Annual report on the working of the lock hospitals in the Central Provinces
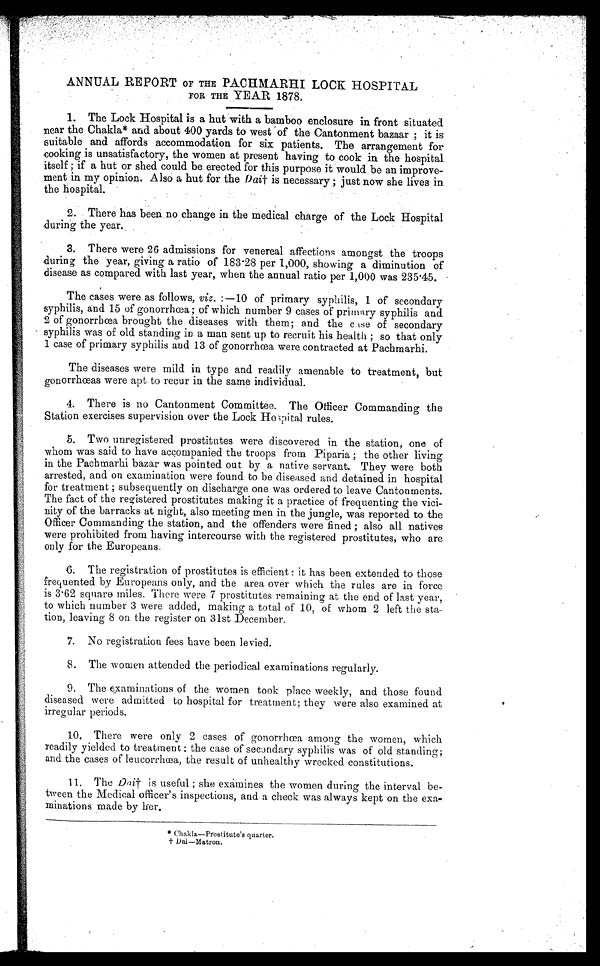
ANNUAL REPORT OF THE PACHMARHI LOCK HOSPITAL
FOR THE YEAR 1878.
1. The Lock Hospital is a hut with a bamboo enclosure in front situated
near the Chakla* and about 400 yards to west of the Cantonment bazaar ; it is
suitable and affords accommodation for six patients. The arrangement for
cooking is unsatisfactory, the women at present having to cook in the hospital
itself ; if a hut or shed could be. erected for this purpose it .would be an improve-
ment in my opinion. Also a hut for the Dai† is necessary ; just now she lives in
the hospital.
2. There has been. no change in the medical charge of the Lock Hospital
during the year.
3. There were 26 admissions for venereal affections amongst the troops
during the year, giving a ratio of 183.28 per 1,000, showing a diminution of
disease as compared with last year, when the annual ratio per 1,000 was 235.45.
The cases were as follows, viz. :—10 of primary syphilis, 1 of secondary
syphilis, and 15 of gonorrhœa; of which number 9 cases of primary syphilis and
2 of gonorrhœa brought the diseases with them; and the case of secondary
syphilis was of old standing in a man sent up to recruit his health ; so that only
I case of primary syphilis and 13 of gonorrhœa were contracted at Pachmarhi.
The diseases were mild in type and readily amenable to treatment, but
gonorrhœas were apt to recur in the same individual.
4. There is no Cantonment Committee. The Officer Commanding the
Station exercises supervision over the Lock Hospital rules.
5. Two unregistered prostitutes were discovered in the station, one of
whom was said to have accompanied the troops from Piparia ; the other living
in the Pachmarhi bazar was pointed out by a native servant. They were both
arrested, and on examination were found to be diseased and detained in hospital
for treatment ; subsequently on discharge one was ordered to leave Cantonments.
The fact of the registered prostitutes making it a practice of frequenting the vici-
nity of the barracks at night, also meeting men in the jungle, was reported to the
Officer Commanding the station, and the offenders were fined ; also all natives
were prohibited from having intercourse with the registered prostitutes, who are
only for the Europeans.
6. The registration of prostitutes is efficient : it has been extended to those
frequented by Europeans only, and the area over which the rules are in force
is 3.62 square miles. There were 7 prostitutes remaining at the end of last year,
to which number 3 were added, making a total of 10, of whom 2 left the sta-
tion, leaving 8 on the register on 31st December.
7. No registration fees have been levied.
8. The women attended the periodical examinations regularly.
9. The examinations of the women took place weekly, and those found
diseased were admitted to hospital for treatment; they were also examined at
irregular periods.
10. There were only 2 cases of gonorrhœa among the women, which
readily yielded to treatment : the case of secondary syphilis was of old standing;
and the cases of leucorrhœa, the result of unhealthy wrecked constitutions.
11. The Dai† is useful ; she examines the women during the interval be
tween the Medical officer's inspections, and a check was always kept on the exa-
minations made by her.
*Chakla—Prostitute's quarter.
†Dai—Matron.